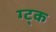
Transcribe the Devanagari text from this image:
ग्ट्क